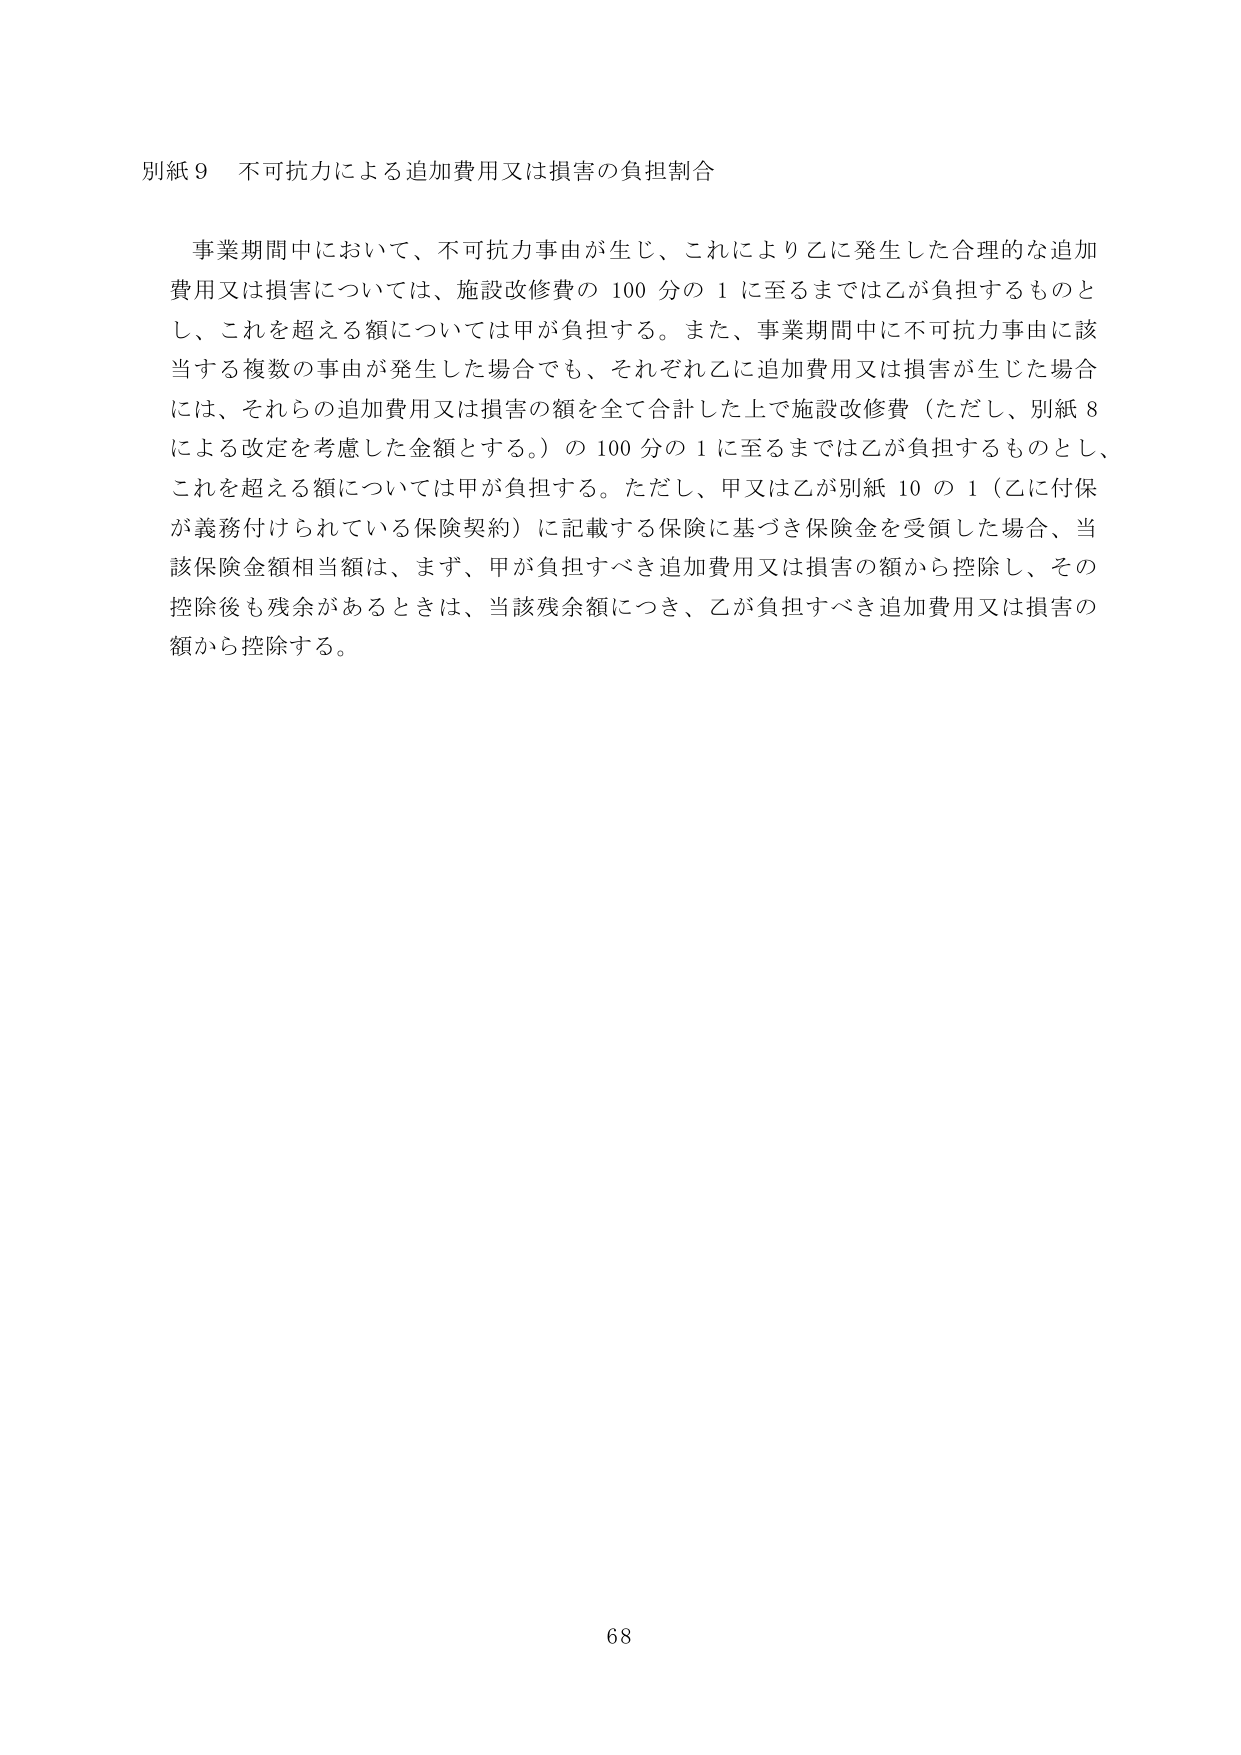
別紙９ 不可抗力による追加費用又は損害の負担割合

事業期間中において、不可抗力事由が生じ、これにより乙に発生した合理的な追加費用又は損害については、施設改修費の100分の1に至るまでは乙が負担するものとし、これを超える額については甲が負担する。また、事業期間中に不可抗力事由に該当する複数の事由が発生した場合でも、それぞれ乙に追加費用又は損害が生じた場合には、それらの追加費用又は損害の額を全て合計した上で施設改修費（ただし、別紙8による改定を考慮した金額とする。）の100分の1に至るまでは乙が負担するものとし、これを超える額については甲が負担する。ただし、甲又は乙が別紙10の1（乙に付保が義務付けられている保険契約）に記載する保険に基づき保険金を受領した場合、当該保険金額相当額は、まず、甲が負担すべき追加費用又は損害の額から控除し、その控除後も残余があるときは、当該残余額につき、乙が負担すべき追加費用又は損害の額から控除する。

68